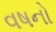
વષનો